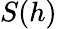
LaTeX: S(h)